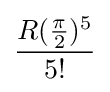
{\frac {R({\frac {\pi }{2}})^{5}}{5!}}